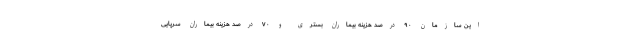
این سازمان ۹۰ درصد هزینه بیماران بستری و ۷۰ درصد هزینه بیماران سرپایی